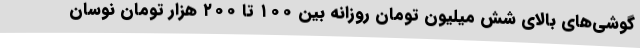
گوشی‌های بالای شش میلیون تومان روزانه بین ۱۰۰ تا ۲۰۰ هزار تومان نوسان